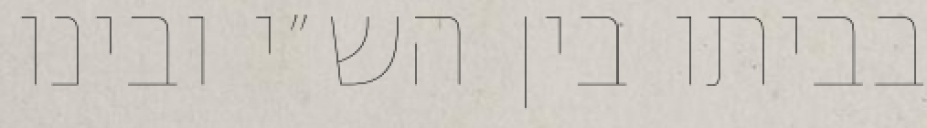
בביתו בין הש״י ובינו